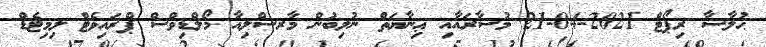
ޙުލާސާ ރިޕޯޓް 2021-04-21 މުސާރައާއި ޢިނާޔަތް ނުލިބުން މާރސްލިއާ މޯލްޑިވްސް ޕްރައިވެޓް ލިމިޓެޑް